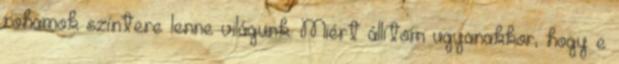
rohamok színtere lenne világunk. Miért állítom ugyanakkor, hogy e